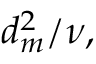
d _ { m } ^ { 2 } / \nu ,